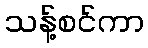
သန့်စင်ကာ